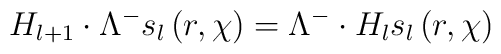
H_{l+1}\cdot \Lambda ^{-}s_{l}\left( r,\chi \right) =\Lambda^{-}\cdot H_{l}s_{l}\left( r,\chi \right)